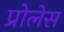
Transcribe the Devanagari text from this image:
प्रोलेस